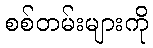
စစ်တမ်းများကို